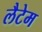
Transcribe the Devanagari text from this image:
लैटेम